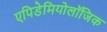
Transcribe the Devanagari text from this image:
एपिडेमियोलॉजिक